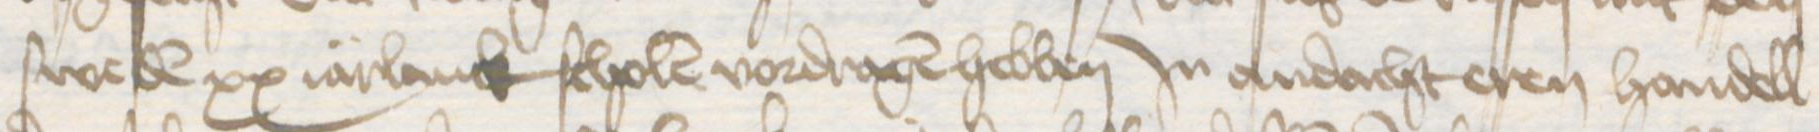
sweden xx iarlanck scholen vordragen hebben Jn andacht eren handell